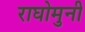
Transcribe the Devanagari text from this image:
राघोमुनी